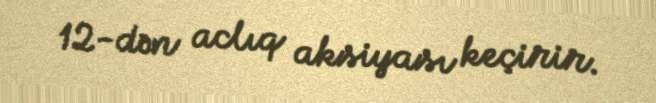
12-dən aclıq aksiyası keçirir.